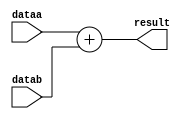
module  adder_add_sub
	( 
	dataa,
	datab,
	result) /* synthesis synthesis_clearbox=1 */;
	input   [15:0]  dataa;
	input   [15:0]  datab;
	output   [15:0]  result;
`ifndef ALTERA_RESERVED_QIS
// synopsys translate_off
`endif
	tri0   [15:0]  dataa;
	tri0   [15:0]  datab;
`ifndef ALTERA_RESERVED_QIS
// synopsys translate_on
`endif


	assign
		result = dataa + datab;
endmodule